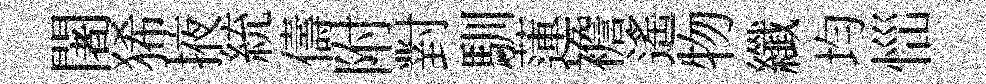
闍狶掖統儔附對馴蓮襜遙物纖均𢙉